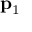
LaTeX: \mathbf { p } _ { 1 }